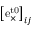
\left[ \mathrm { e } _ { \times } ^ { \mathrm { t 0 } } \right] _ { i j }